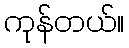
ကုန်တယ်။